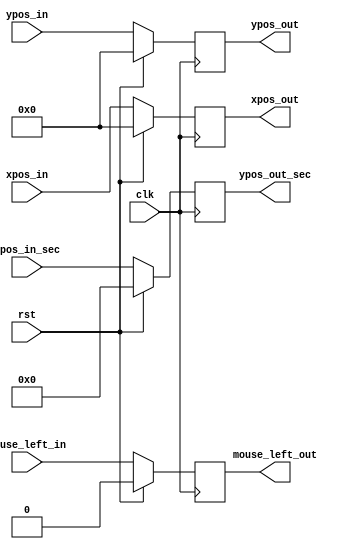
//////////////////////////////////////////////////////////////////////////////
/*
 Module name:   Mouse_delay
 Author:        Bartosz Biakowski
 Version:       1.0
 Last modified: 2022-09-01
 Coding style: safe with FPGA sync reset
 Description:	buffer to change recived data speed from 97,5MHz to 65MHz
 */
//////////////////////////////////////////////////////////////////////////////
module Mouse_delay (
  input wire clk,
  input wire rst,
  input wire [11:0] xpos_in,
  input wire [11:0] ypos_in,
  input wire [9:0] ypos_in_sec,
  input wire mouse_left_in,

  output reg [11:0] xpos_out,
  output reg [11:0] ypos_out,
  output reg [9:0] ypos_out_sec,
  output reg mouse_left_out
  );

//------------------------------------------------------------------------------
// output register with sync reset
//------------------------------------------------------------------------------
always @(posedge clk)
  begin
  	if(rst)
  	begin
      xpos_out <= 0;
      ypos_out <= 0;
      mouse_left_out <= 0;
      ypos_out_sec <= 0;
  	end
  	else
  	begin
  	  xpos_out <= xpos_in;
  	  ypos_out <= ypos_in;
  	  mouse_left_out <= mouse_left_in;
  	  ypos_out_sec <= ypos_in_sec;

  	end
  end
  
endmodule